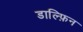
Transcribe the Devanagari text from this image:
डाल्फ़िन